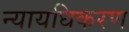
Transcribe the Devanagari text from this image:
न्‍यायधिकरण